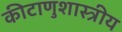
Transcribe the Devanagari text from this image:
कीटाणुशास्त्रीय